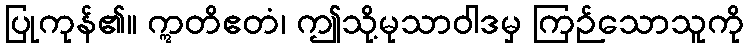
ပြုကုန်၏။ ဣတိဧတံ၊ ဤသို့မုသာဝါဒမှ ကြဉ်သောသူကို